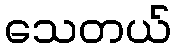
သေတယ်